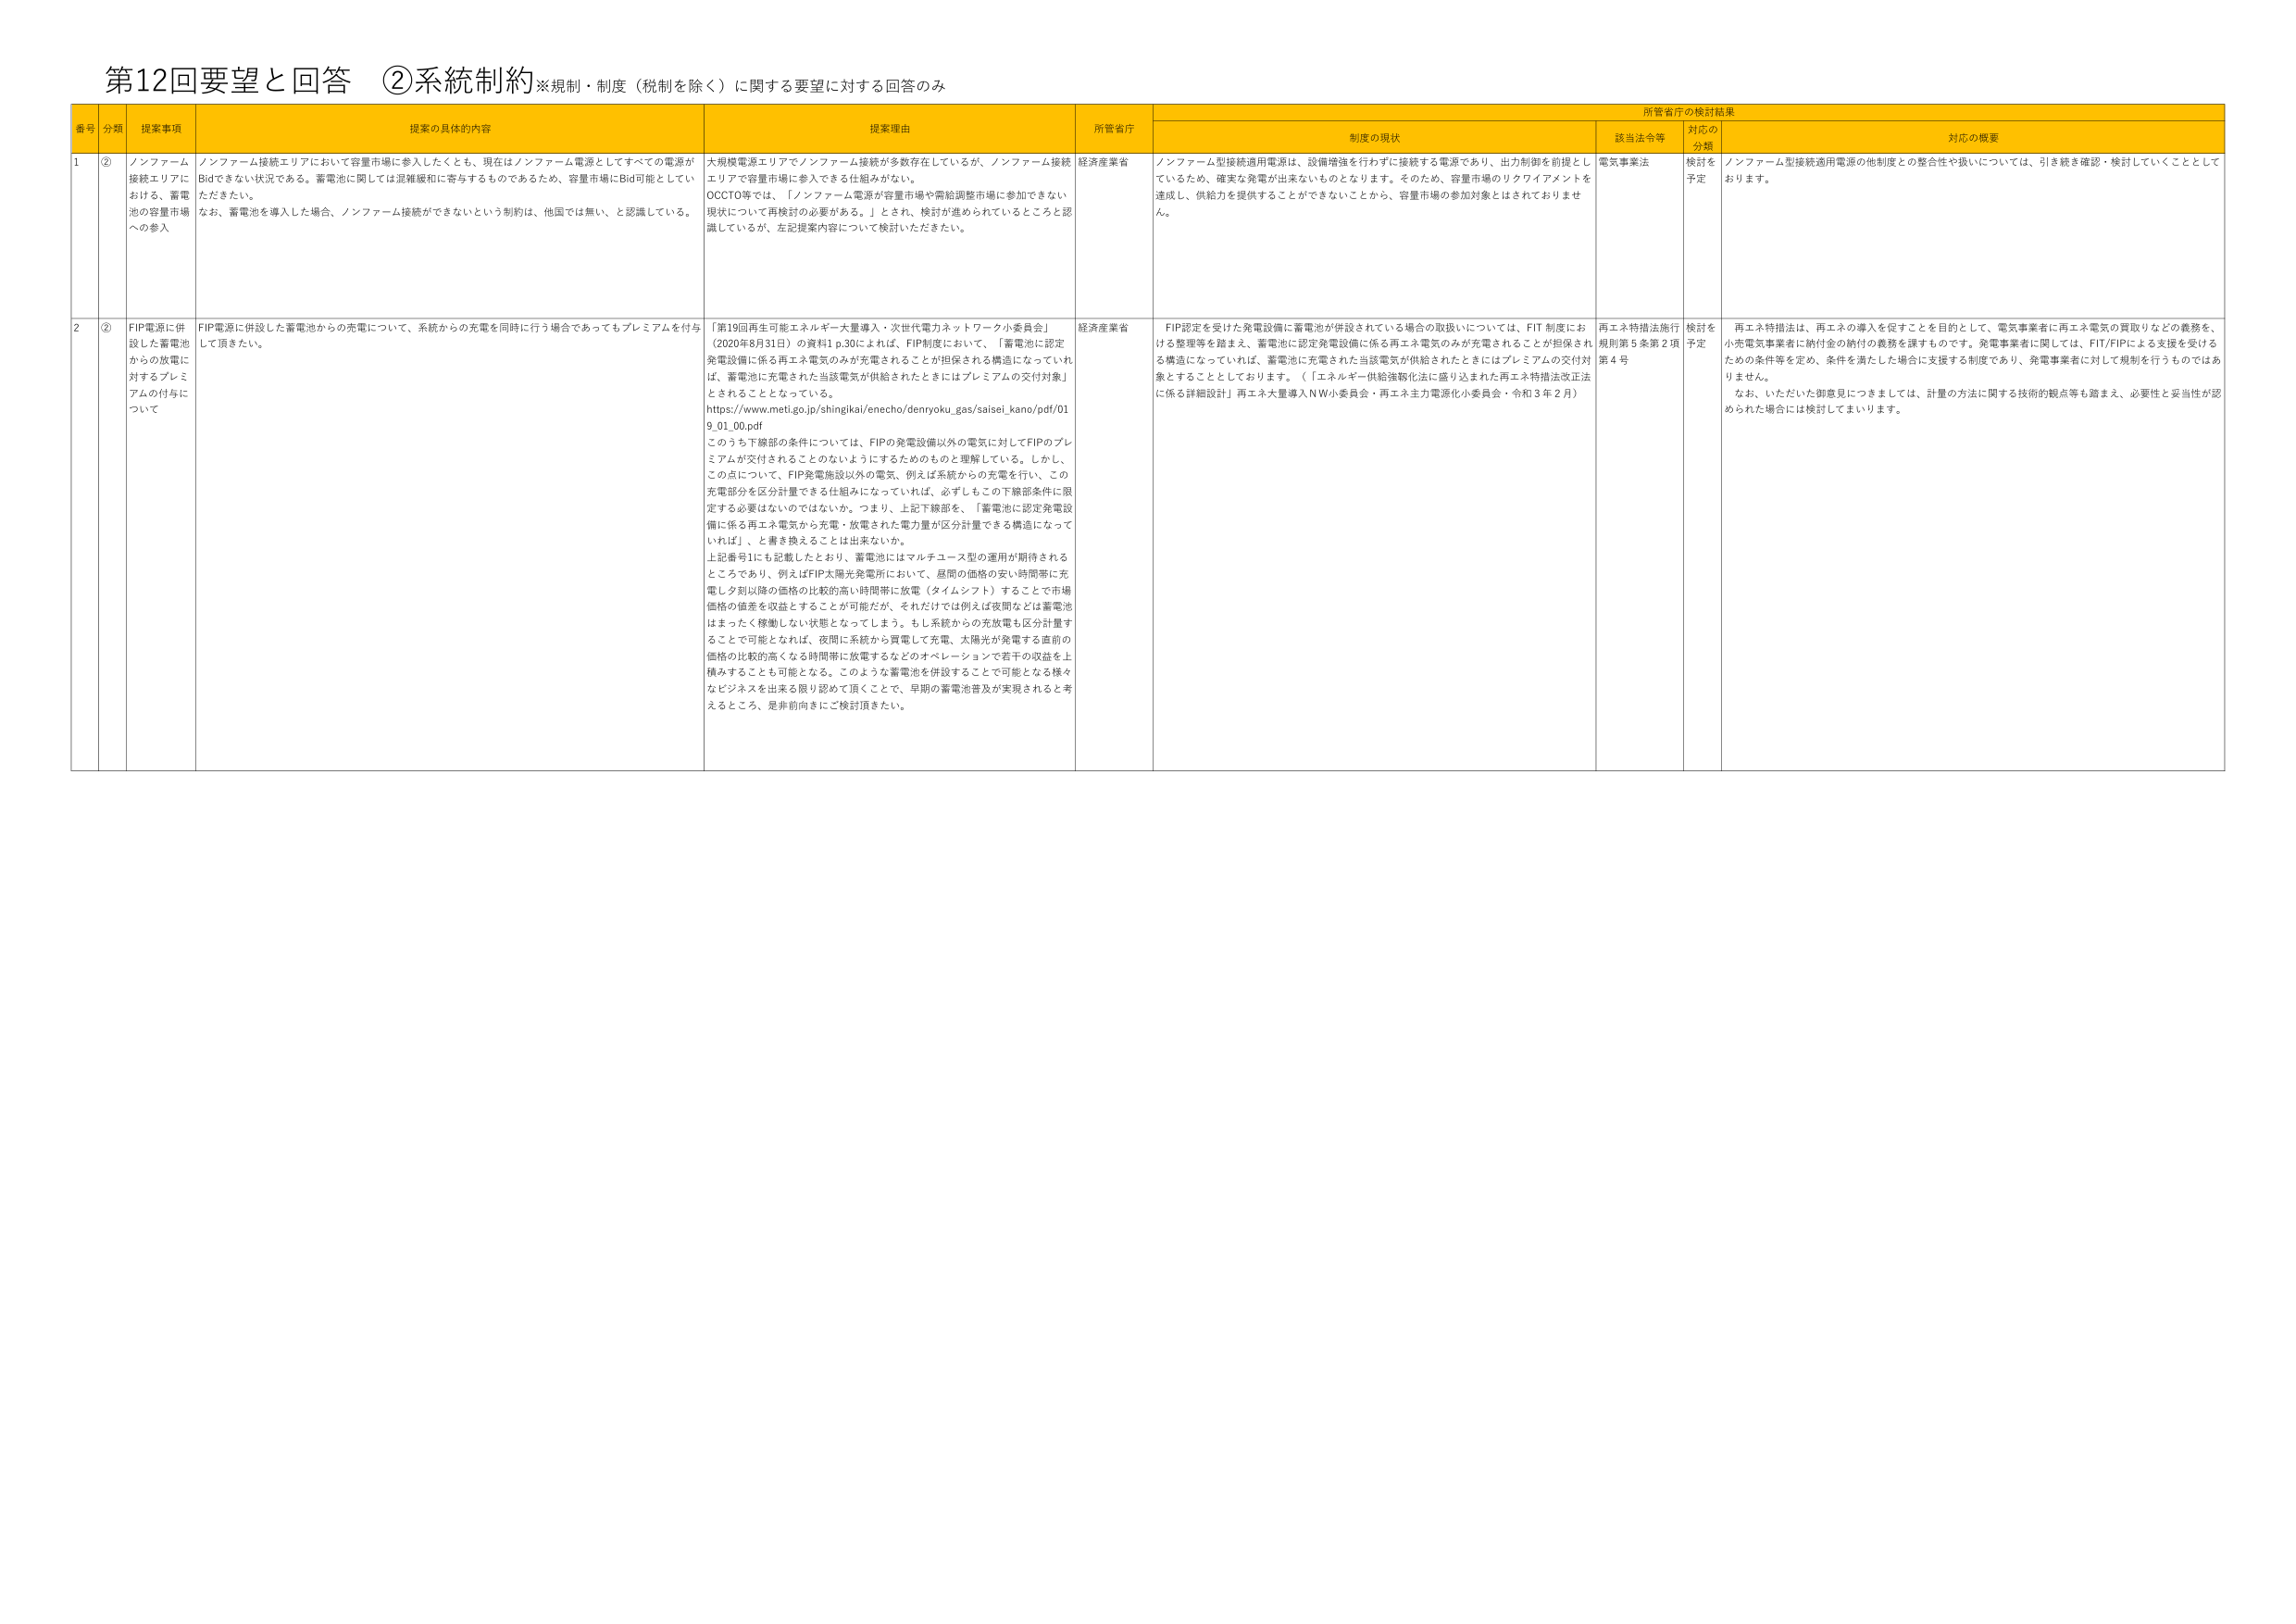
第12回要望と回答 ②系統制約※規制・制度（税制を除く）に関する要望に対する回答のみ

番号 分類 提案事項 提案の具体的内容 提案理由 所管省庁 所管省庁の検討結果
制度の現状 該当法令等 対応の分類 対応の概要

1 ② ノンファーム接続エリアにおける、蓄電池の容量市場への参入 ノンファーム接続エリアにおいて容量市場に参入したくとも、現在はノンファーム電源としてすべての電源がBidできない状況である。蓄電池に関しては混雑緩和に寄与するものであるため、容量市場にBid可能としていただきたい。 なお、蓄電池を導入した場合、ノンファーム接続ができないという制約は、他国では無い、と認識している。 大規模電源エリアでノンファーム接続が多数存在しているが、ノンファーム接続エリアで容量市場に参入できる仕組みがない。 OCCITO等では、「ノンファーム電源が容量市場や需給調整市場に参加できない現状について再検討の必要がある。」とされ、検討が進められているところと認識しているが、左記提案内容について検討いただきたい。 経済産業省 ノンファーム型接続適用電源は、設備増強を行わずに接続する電源であり、出力制御を前提としているため、確実な発電が出来ないものとなります。そのため、容量市場のリクワイアメントを達成し、供給力を提供することができないことから、容量市場の参加対象とはされておりません。 電気事業法 検討を予定 ノンファーム型接続適用電源の他制度との整合性や扱いについては、引き続き確認・検討していくこととしております。

2 ② FIP電源に併設した蓄電池からの放電に対するプレミアムの付与について FIP電源に併設した蓄電池からの充電について、系統からの充電を同時に行う場合であってもプレミアムを付与して頂きたい。 「第19回再生可能エネルギー大量導入・次世代電力ネットワーク小委員会」（2020年8月31日）の資料1 p.30によれば、FIP制度において、「蓄電池に認定発電設備に係る再エネ電気のみが充電されることが担保される構造になっていれば、蓄電池に充電された当該電気が供給されたときにはプレミアムの交付対象」とされることとなっている。 https://www.meti.go.jp/shingikai/enecho/denryoku_gas/saisei_kano/pdf/019_01_00.pdf このうち下線部の条件については、FIPの発電設備以外の電気に対してFIPのプレミアムが交付されることのないようにするためのものと理解している。しかし、この点について、FIP発電施設以外の電気、例えば系統からの充電を行い、この充電部分を区分計量できる仕組みになっていれば、必ずしもこの下線部条件に限定する必要はないのではないか。つまり、上記下線部を、「蓄電池に認定発電設備に係る再エネ電気から充電・放電された電力量が区分計量できる構造になっていれば」、と書き換えることは出来ないか。 上記番号1にも記載したとおり、蓄電池にはマルチユース型の運用が期待されるところであり、例えばFIP太陽光発電所において、昼間の価格の安い時間帯に充電し夕刻以降の価格の比較的高い時間帯に放電（タイムシフト）することで市場価格の値差を収益とすることが可能だが、それだけでは例えば夜間などは蓄電池はまったく稼働しない状態となってしまう。もし系統からの充放電も区分計量することで可能となれば、夜間に系統から買電して充電、太陽光が発電する直前の価格の比較的高くなる時間帯に放電するなどのオペレーションで若干の収益を上積みすることも可能となる。このような蓄電池を併設することで可能となる様々なビジネスを出来る限り認めて頂くことで、早期の蓄電池普及が実現されると考えるところ、是非前向きにご検討頂きたい。 経済産業省 FIP認定を受けた発電設備に蓄電池が併設されている場合の取扱いについては、FIT制度における整理等を踏まえ、蓄電池に認定発電設備に係る再エネ電気のみが充電されることが担保される構造になっていれば、蓄電池に充電された当該電気が供給されたときにはプレミアムの交付対象とすることとしております。（「エネルギー供給強靱化法に盛り込まれた再エネ特措法改正法に係る詳細設計」再エネ大量導入NW小委員会・再エネ主力電源化小委員会・令和3年2月） 再エネ特措法施行規則第5条第2項第4号 検討を予定 再エネ特措法は、再エネの導入を促すことを目的として、電気事業者に再エネ電気の買取りなどの義務を、小売電気事業者に納付金の納付の義務を課すものです。発電事業者に関しては、FIT/FIPによる支援を受けるための条件等を定め、条件を満たした場合に支援する制度であり、発電事業者に対して規制を行うものではありません。 なお、いただいた御意見につきましては、計量の方法に関する技術的観点等も踏まえ、必要性と妥当性が認められた場合には検討してまいります。